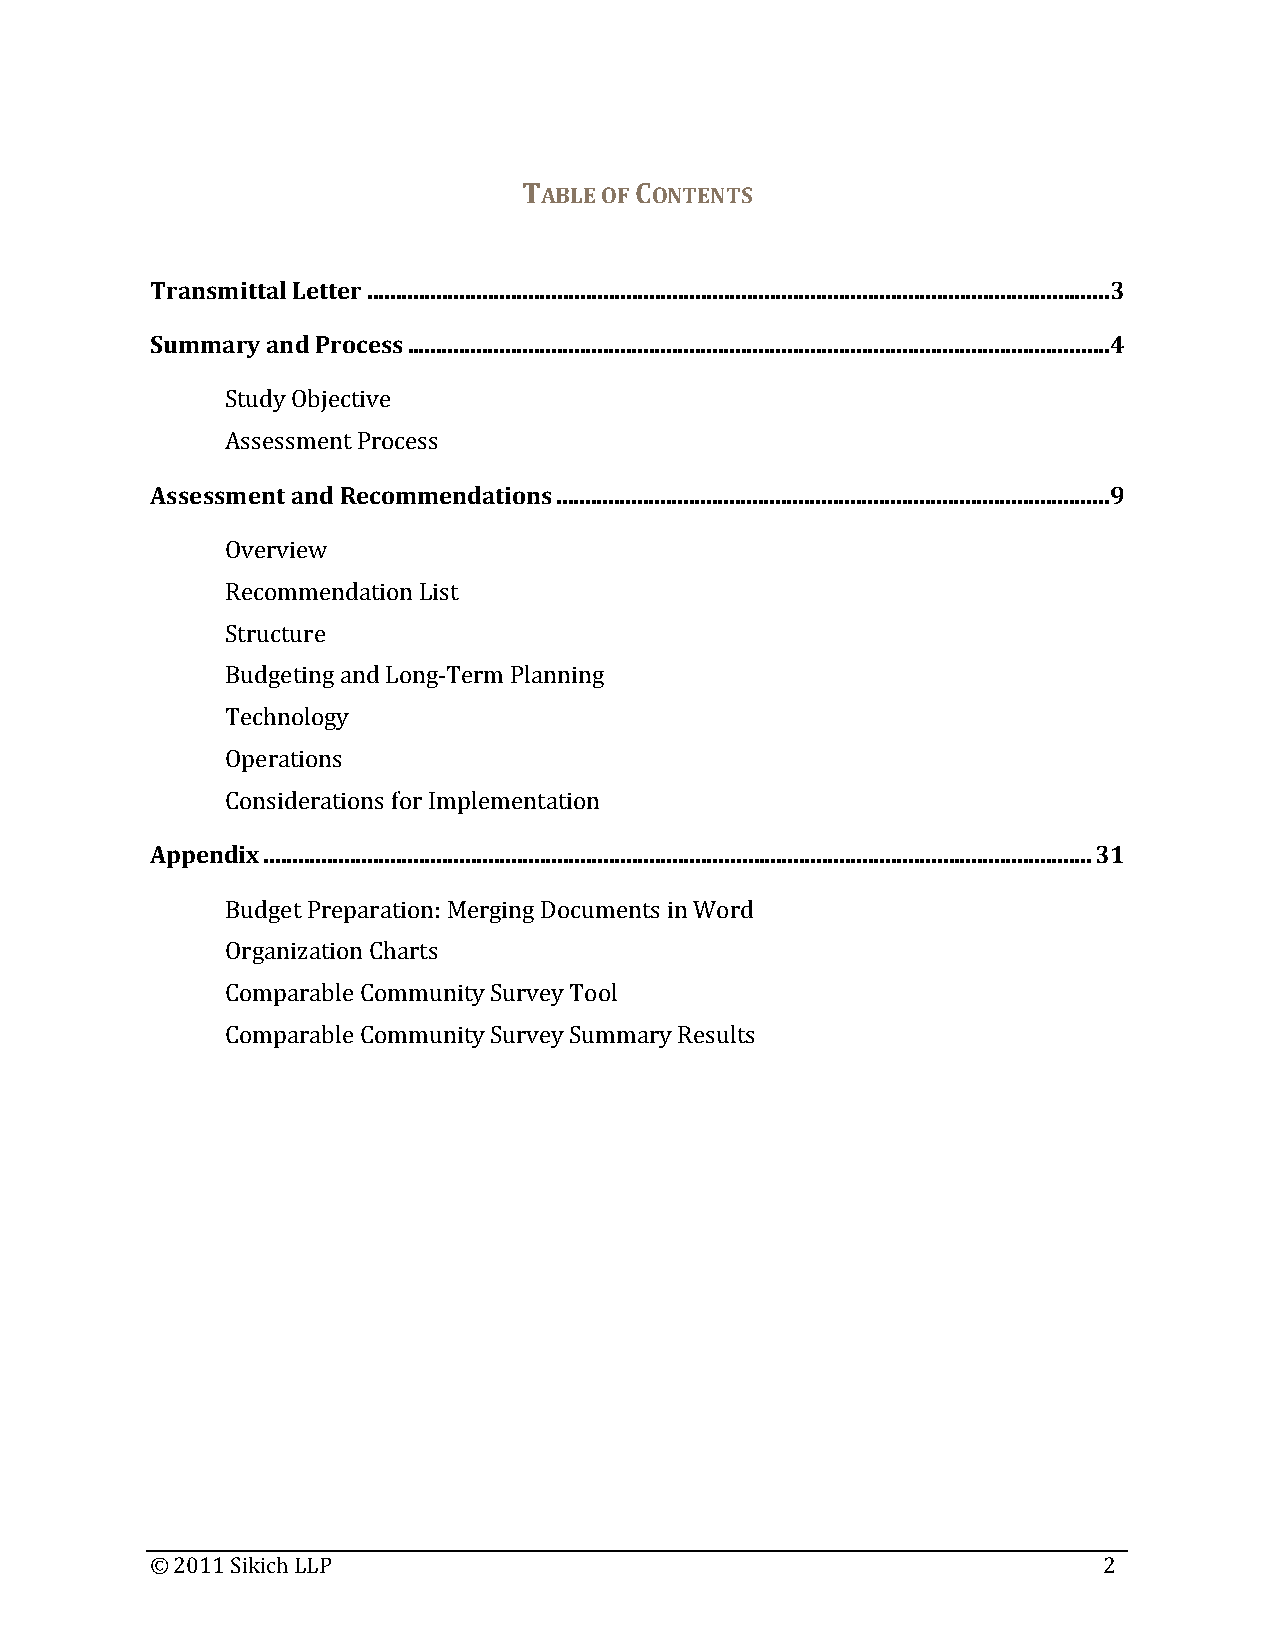
TABLE OF CONTENTS
 Transmittal Letter.................................................................................................................................3
 Summary and Process..........................................................................................................................4
 Study Objective
 Assessment Process
 Assessment and Recommendations................................................................................................9
 Overview
 Recommendation List
 Structure
 Budgeting and Long‐Term Planning
 Technology
 Operations
 Considerations for Implementation
 Appendix................................................................................................................................................31
 Budget Preparation: Merging Documents in Word
 Organization Charts
 Comparable Community Survey Tool
 Comparable Community Survey Summary Results
 © 2011 Sikich LLP                                              2